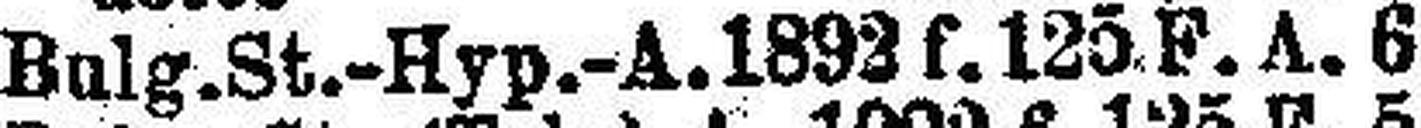
Bulg. St.-Hyp.-A. 1892 f. 125. F. A. 6